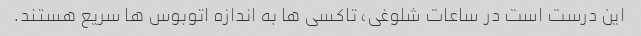
این درست است در ساعات شلوغی، تاکسی ها به اندازه اتوبوس ها سریع هستند.